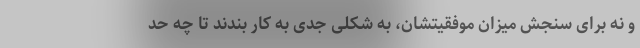
و نه برای سنجش میزان موفقیتشان، به شکلی جدی به کار بندند تا چه حد